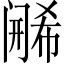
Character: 𬮶